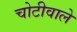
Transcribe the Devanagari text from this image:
चोटीवाले